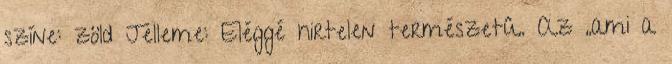
színe: zöld Jelleme: Eléggé hirtelen természetû. Az „ami a